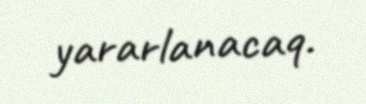
yararlanacaq.